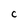
Character: c